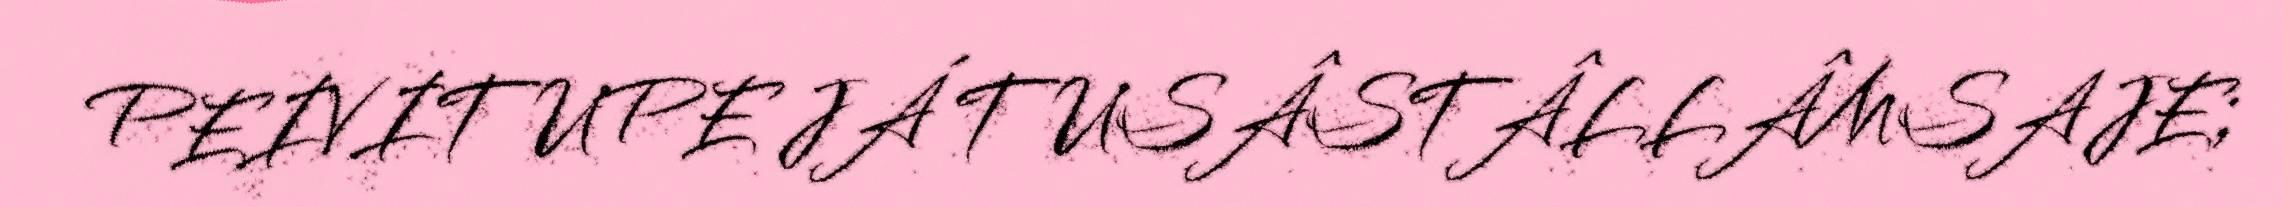
PEIVITUPE JÁ TUSÂSTÂLLÂMSAJE;